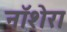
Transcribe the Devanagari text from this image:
नॉशेरा